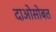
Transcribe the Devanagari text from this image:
दाओसोबत